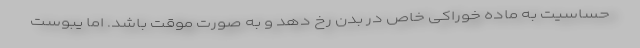
حساسیت به ماده خوراکی خاص در بدن رخ دهد و به صورت موقت باشد. اما یبوست